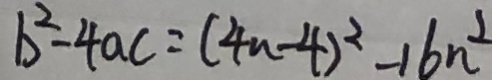
b ^ { 2 } - 4 a c = ( 4 n - 4 ) ^ { 2 } - 1 6 n ^ { 2 }